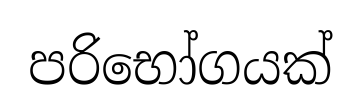
පරිභෝගයක්